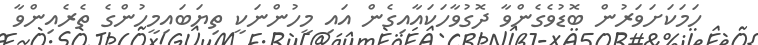
ހަމަކަށަވަރުން ބޮޑުވެގެންވާ ދޮގުވާހަކައާއިގެން އައި މީހުންނަކީ ތިޔަބައިމީހުންގެ ތެރެއިންވާ